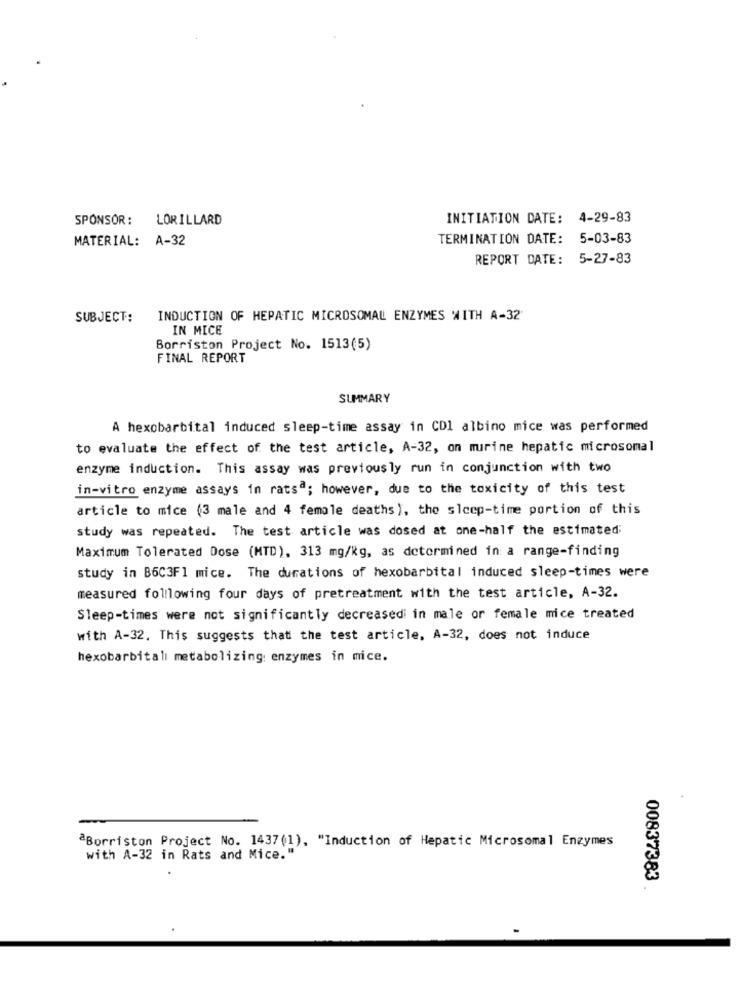
SPONSOR: LORILLARD
INITIATION DATE: 4-29-83
MATERIAL: A-32
TERMINATION DATE:
5-03-83
REPORT DATE: 5-27-83
SUBJECT:
INDUCTION OF HEPATIC MICROSOMAL ENZYMES WITH A-32
IN MICE
Borriston Project No. 1513(5)
FINAL REPORT
SUMMARY
A hexobarbital induced sleep-time assay in CDI albino mice was performed
to evaluate the effect of the test article, A-32, on murine hepatic microsomal
enzyme induction. This assay was previously run in conjunction with two
in-vitro enzyme assays in ratsª; however, due to the toxicity of this test
article to mice (3 male and 4 female deaths), the sleep-time portion of this
study was repeated. The test article was dosed at one-half the estimated;
Maximum Tolerated Dose (MTD), 313 mg/kg, as determined in: a range-finding
study in B6C3F1 mice. The durations of hexobarbital induced sleep-times were
measured following four days of pretreatment with the test article, A-32.
Sleep-times were not significantly decreasedi in male or female mice treated
with A-32. This suggests that the test article, A-32, does not induce
hexobarbitalı metabolizing: enzymes in mice.
aBorriston Project No. 1437(1), "Induction of Hepatic Microsomal Enzymes
with A-32 in Rats and Mice."
00837383